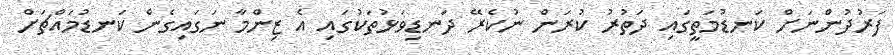
ފަރުދުންނަށް ކަނޑުމަތީގައި ދަތުރު ކުރަން ނުކެރޭ ދަނޑިވަޅުތަކުގައި އެ ޒިންމާ ނަގައިގެން ކަނޑުމައްޗަށް